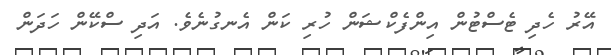
އޭރު ހެދި ޓެސްޓުން އިންފެކްޝަން ހުރި ކަން އެނގުނެވެ. އަދި ސްކޭން ހަދަން